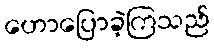
ဟောပြောခဲ့ကြသည်